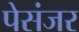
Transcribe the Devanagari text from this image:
पेसंजर